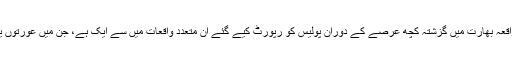
ایسوسی ایٹڈ پریس نے لکھا ہے کہ یہ تازہ ترین واقعہ بھارت میں گزشتہ کچھ عرصے کے دوران پولیس کو رپورٹ کیے گئے ان متعدد واقعات میں سے ایک ہے، جن میں عورتوں یا نابالغ لڑکیوں کو جنسی زیادتی کا نشانہ بنایا گیا۔